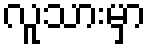
လူသားမှာ